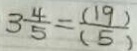
3 \frac { 4 } { 5 } = \frac { ( 1 9 ) } { ( 5 ) }